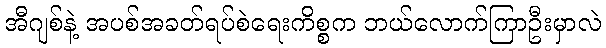
အီဂျစ်နဲ့ အပစ်အခတ်ရပ်စဲရေးကိစ္စက ဘယ်လောက်ကြာဦးမှာလဲ